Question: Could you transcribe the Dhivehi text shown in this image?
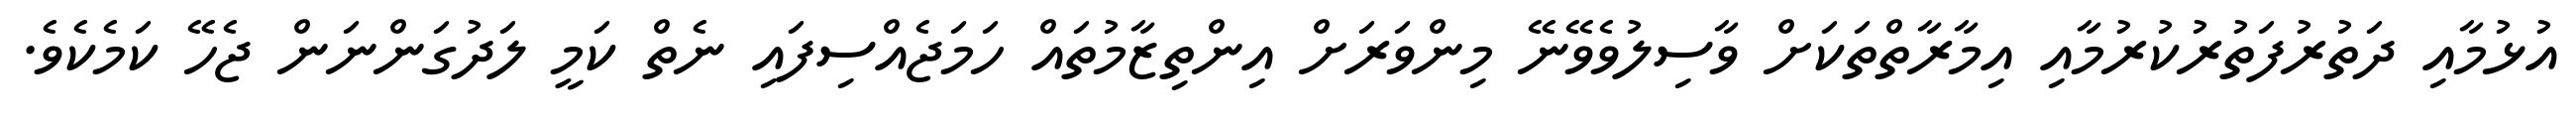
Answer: އުޅުމާއި ދަތުރުފަތުރުކުރުމާއި އިމާރާތްތަކަށް ވާސިލުވެވޭނޭ މިންވަރަށް އިންތިޒާމުތައް ހަމަޖެއްސިފައި ނެތް ކަމީ ލަދުގަންނަން ޖެހޭ ކަމެކެވެ.